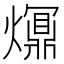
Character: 𤑺